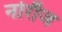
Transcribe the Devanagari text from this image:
नोरौज